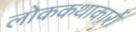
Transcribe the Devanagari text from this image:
लोककथाकारों